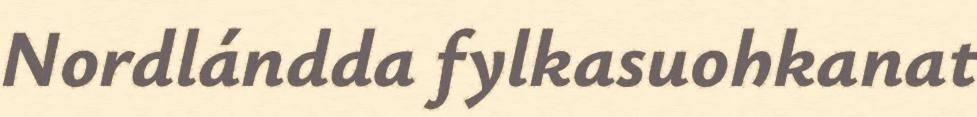
Nordlándda fylkasuohkanat